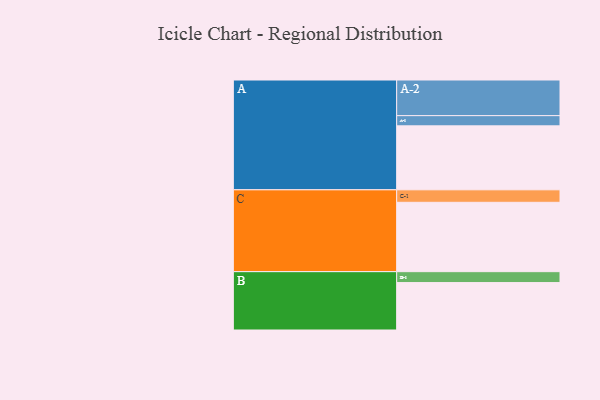
{"axis": {"x": "Segment", "y": "Value"}, "legend": ["", "A", "B", "C"], "data": [{"x": "A", "y": 533, "type": ""}, {"x": "B", "y": 395, "type": ""}, {"x": "C", "y": 578, "type": ""}, {"x": "A-1", "y": 85, "type": "A"}, {"x": "A-2", "y": 297, "type": "A"}, {"x": "B-1", "y": 91, "type": "B"}, {"x": "C-1", "y": 104, "type": "C"}]}